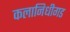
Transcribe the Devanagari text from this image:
कलानिधीगड